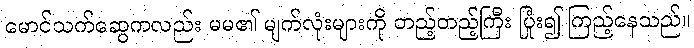
မောင်သက်ဆွေကလည်း မမ၏ မျက်လုံးများကို တည့်တည့်ကြီး ပြုံး၍ ကြည့်နေသည်။